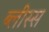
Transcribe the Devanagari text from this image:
ब्लीस्स